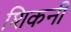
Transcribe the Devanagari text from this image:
शिकनी